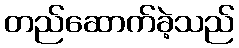
တည်ဆောက်ခဲ့သည်